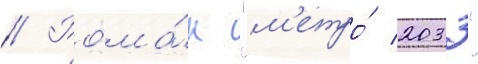
// Рома́н "м'етро́ 2033"